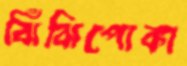
ঝিঁঝিপোকা